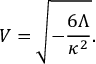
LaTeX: V = \sqrt { - \frac { 6 \Lambda } { \kappa ^ { 2 } } } .